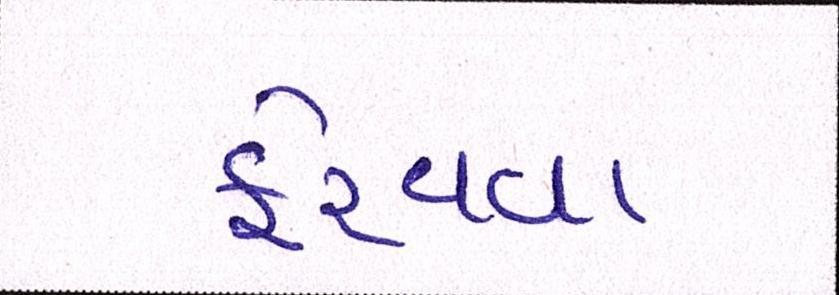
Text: ફેરવવા